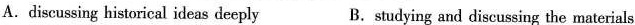
A.discussing historical ideas deeply B.studying and discussing the materials